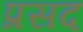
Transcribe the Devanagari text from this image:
प्रसद